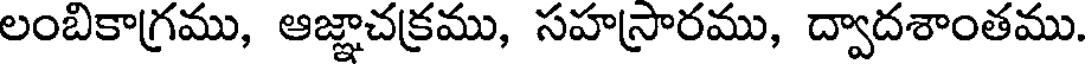
లంబికాగ్రము, ఆజ్ఞాచక్రము, సహస్రారము, ద్వాదశాంతము.